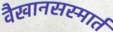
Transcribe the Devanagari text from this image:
वैखानसस्मार्त